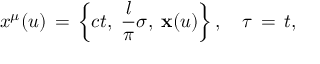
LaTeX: x ^ { \mu } ( u ) \, = \, \left\{ c t , \; \frac { l } { \pi } \sigma , \; { \bf x } ( u ) \right\} , \quad \tau \, = \, t ,